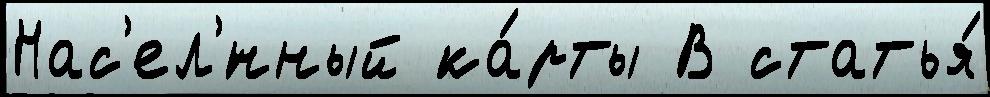
Нас'ел'́нный ка́рты В статья́